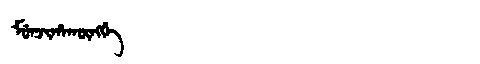
Manchu: ᠮᡠᠨᠵᡳᡥᠠᡴᡡᠩᡤᡝ
Romanization: MUNJIHAKŪNGGE